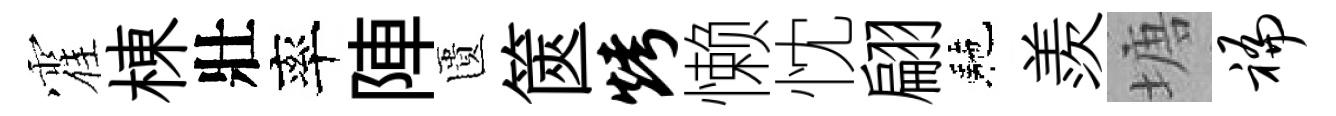
霍棟壯率陣匱篋烤懒忱翩駰羨塘褊